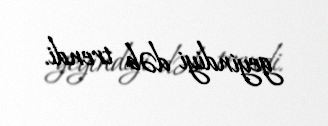
geyindiyi dəb trendi.